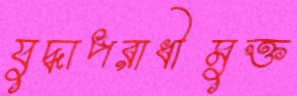
যুদ্ধাপরাধীমুক্ত